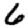
Digit: 6